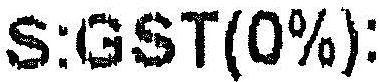
S:GST(0%):